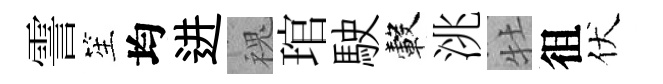
霅笙均进槐琯駛轂洮牡徂伏